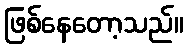
ဖြစ်နေတော့သည်။